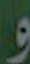
و